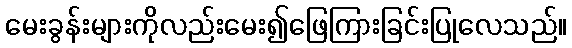
မေးခွန်းများကိုလည်းမေး၍ဖြေကြားခြင်းပြုလေသည်။